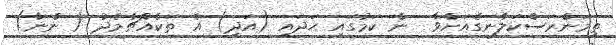
ތިމަންރަސްކަލާނގެއަށްވާ  ން ކަމުގައި ހަދައި (އަދި) އެ ތަކެއްޗާމެދު ( ންނާ)